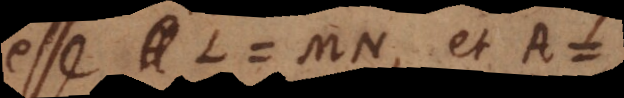
esse L = MN, et A